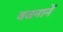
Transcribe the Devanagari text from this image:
वजनानें